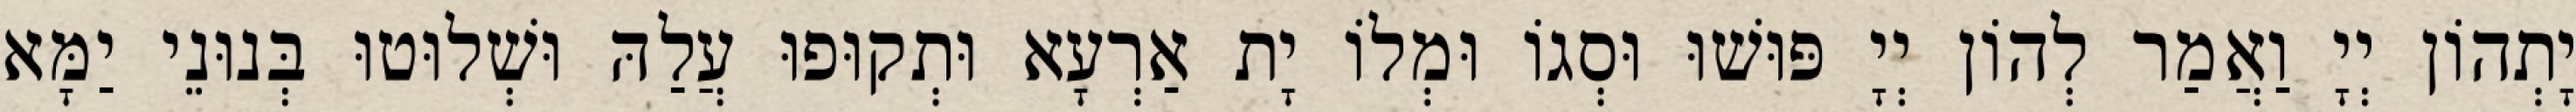
יָתְהוֹן יְיָ וַאֲמַר לְהוֹן יְיָ פּוּשׁוּ וּסְגוֹ וּמְלוֹ יָת אַרְעָא וּתְקוּפוּ עֲלַהּ וּשְׁלוּטוּ בְּנוּנֵי יַמָּא